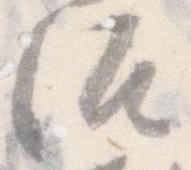
治